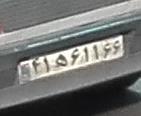
۴۱ه۶۱۱۶۶